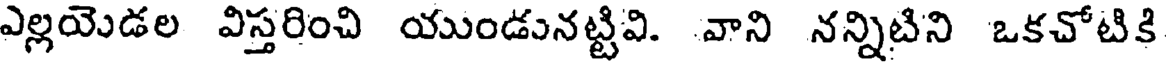
ఎల్లయెడల విస్తరించి యుండునట్టివి. వాని నన్నిటిని ఒకచోటికి